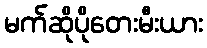
မက်ဆိုပိုတေးမီးယား